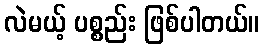
လဲမယ့် ပစ္စည်း ဖြစ်ပါတယ်။